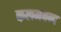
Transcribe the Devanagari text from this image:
कलमबन्द